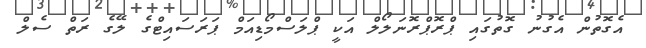
އެގޮތުން އެގުނު ގޮތުގައި ޕްރޮޕްރޮނަލޯލް އަކީ ޕްލަސްމޯޑިއަމް ޕަރަސައިޓްގެ ލޭގެ ރަތް ސެލް